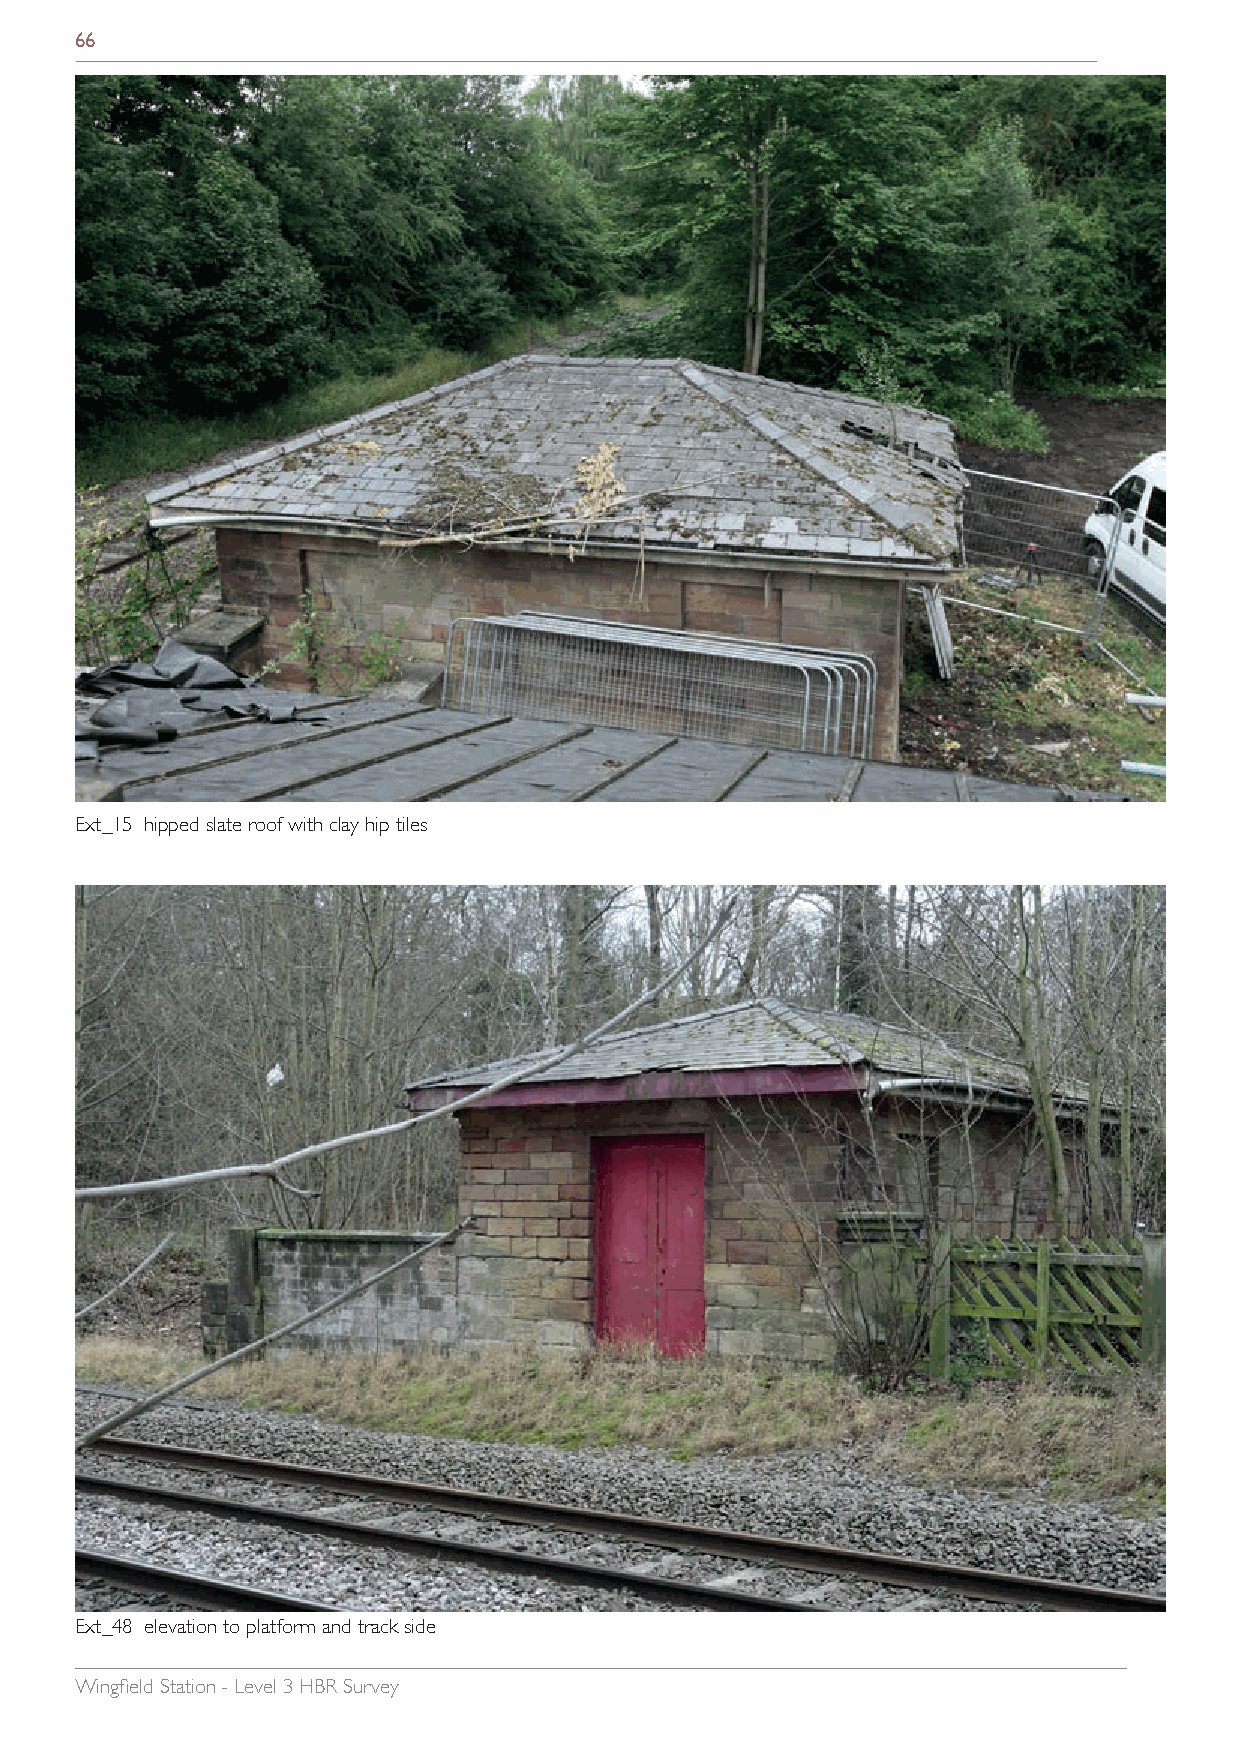
66
 Ext_15 hipped slate roof with clay hip tiles
 Ext_48 elevation to platform and track side
 Wingfield Station - Level 3 HBR Survey